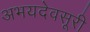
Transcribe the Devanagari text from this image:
अभयदेवसूरी